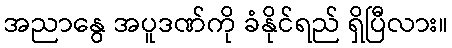
အညာနွေ အပူဒဏ်ကို ခံနိုင်ရည် ရှိပြီလား။